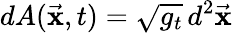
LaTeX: dA(\vec{\mathbf x},t)=\sqrt{g_{t}}\, d^{2}\vec{\mathbf x}